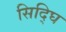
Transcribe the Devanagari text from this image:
सिद्घि